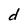
Character: d